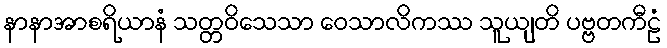
နာနာအာစရိယာနံ သတ္တဝိသေသာ ဝေသာလိကဿ သူယျတိ ပဗ္ဗတကီဠံ